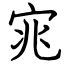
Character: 宨